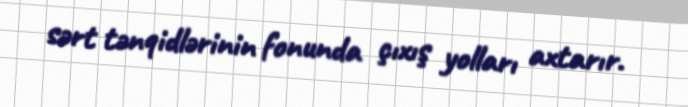
sərt tənqidlərinin fonunda çıxış yolları axtarır.